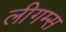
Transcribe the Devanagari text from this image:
लीगम्स